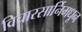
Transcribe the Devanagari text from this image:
विचारसार्निमधून